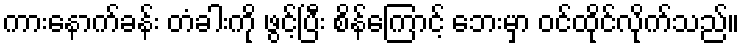
ကားနောက်ခန်း တံခါးကို ဖွင့်ပြီး စိန်ကြောင့် ဘေးမှာ ဝင်ထိုင်လိုက်သည်။